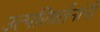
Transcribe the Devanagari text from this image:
उत्परिवर्तनांनी